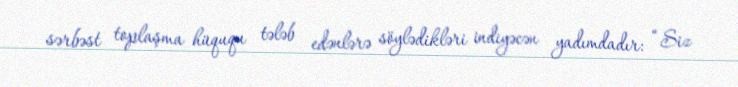
sərbəst toplaşma hüququ tələb edənlərə söylədikləri indiyəcən yadımdadır: “Siz